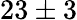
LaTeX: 23\pm 3